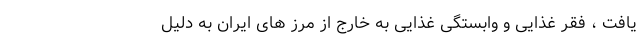
یافت ، فقر غذایی و وابستگی غذایی به خارج از مرز های ایران به دلیل